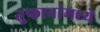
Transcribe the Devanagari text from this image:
तुफानांमध्ये